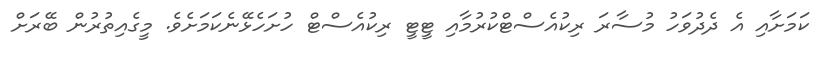
ކަމަށާއި އެ ދެދުވަހު މުސާރަ ރިކުއެސްޓްކުރުމާއި ޓީޓީ ރިކުއެސްޓް ހުށަހެޅޭނެކަމަށެވެ. މީގެއިތުރުން ބޭރަށް